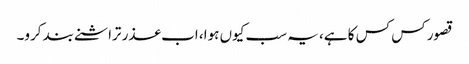
قصور کس کس کا ہے، یہ سب کیوں ہوا، اب عذر تراشنے بند کرو۔